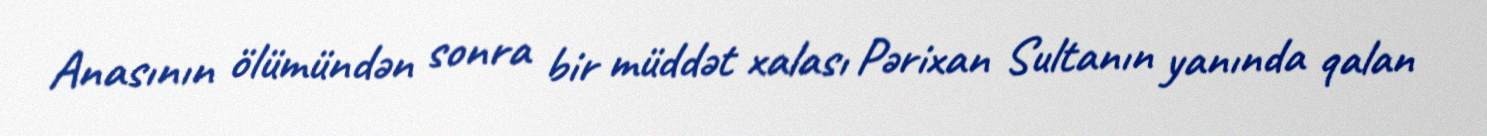
Anasının ölümündən sonra bir müddət xalası Pərixan Sultanın yanında qalan